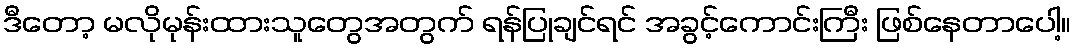
ဒီတော့ မလိုမုန်းထားသူတွေအတွက် ရန်ပြုချင်ရင် အခွင့်ကောင်းကြီး ဖြစ်နေတာပေါ့။